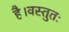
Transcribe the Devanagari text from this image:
है।वस्तुतः